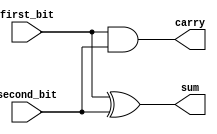
/* Topics:
    - Modules Hierarchy ( we will build half-adder and use it 
    to build full-adder and then use the full-adder to build
    32 bits full_adder)
    - Modules Instantiation (order or name)

    Hint: you can use the same concept to build MUXs and other staff,
    and in advaced level the hierarchy is very important.
*/
/*-------------------------------------------------------------------------------------------------------*/
module half_adder(
    input first_bit, second_bit,
    output sum, carry
);

    assign sum  =  first_bit ^ second_bit;
    assign carry = first_bit & second_bit;

endmodule
/*-------------------------------------------------------------------------------------------------------*/
/*-------------------------------------------------------------------------------------------------------*/
module full_adder(
    input first_bit_FA, second_bit_FA, input_carry,
    output sum_FA, output_carry
);
    // Inernal signals is needed here
    wire first_stage_sum, first_stage_carry, second_stage_carry;

    // Instantiating 2 half-adders
    // If I remember the order of the ports:
    half_adder HA1(
        first_bit_FA,
        second_bit_FA,
        first_stage_sum,
        first_stage_carry
    );
    // if I don't remember the order (using this method is better even if I remember)
    half_adder HA2(
        .first_bit(input_carry),
        .second_bit(first_stage_sum),
        .sum(sum_FA),
        .carry(second_stage_carry)
    );

    assign output_carry = first_stage_carry | second_stage_carry;

endmodule
/*-------------------------------------------------------------------------------------------------------*/
/*-------------------------------------------------------------------------------------------------------*/
// Indroduce Paramaterization Concept and generate statement
module Hierarchy_adder_32bits #(parameter N = 32)(
    input[N-1:0] number1, number2,
    output[N-1:0] result,
    output c_flag
);
    wire[N-1:0] carry;
    assign c_flag = carry[N-1];
    
    generate
        genvar i;
        for(i=0; i<N; i=i+1)
        begin
            if(i==0)
                half_adder HA(
                    .first_bit(number1[0]),
                    .second_bit(number2[0]),
                    .sum(result[0]),
                    .carry(carry[0])
                );
            else
                full_adder FA(
                    .first_bit_FA(number1[i]),
                    .second_bit_FA(number2[i]),
                    .input_carry(carry[i-1]),
                    .sum_FA(result[i]),
                    .output_carry(carry[i])
                );
        end
    endgenerate

endmodule